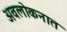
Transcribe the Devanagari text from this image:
अवलोकनात